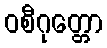
ဝစီဂုတ္တော